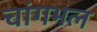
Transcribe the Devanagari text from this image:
चांगभल